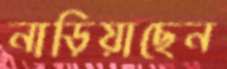
নাড়িয়াছেন